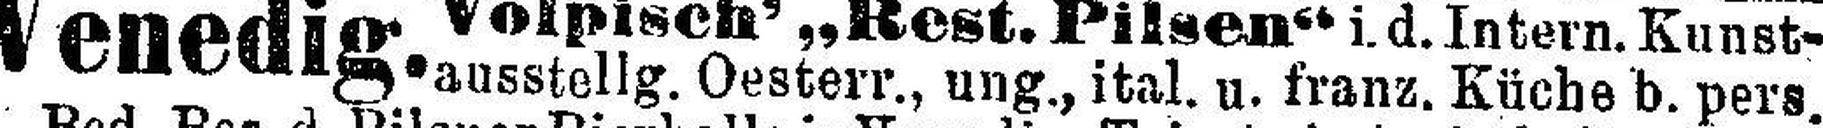
ausstellg. Oesterr., ung., ital. u. franz. Küche b. pers.